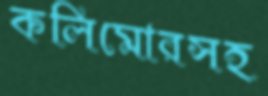
কলিমোরসহ